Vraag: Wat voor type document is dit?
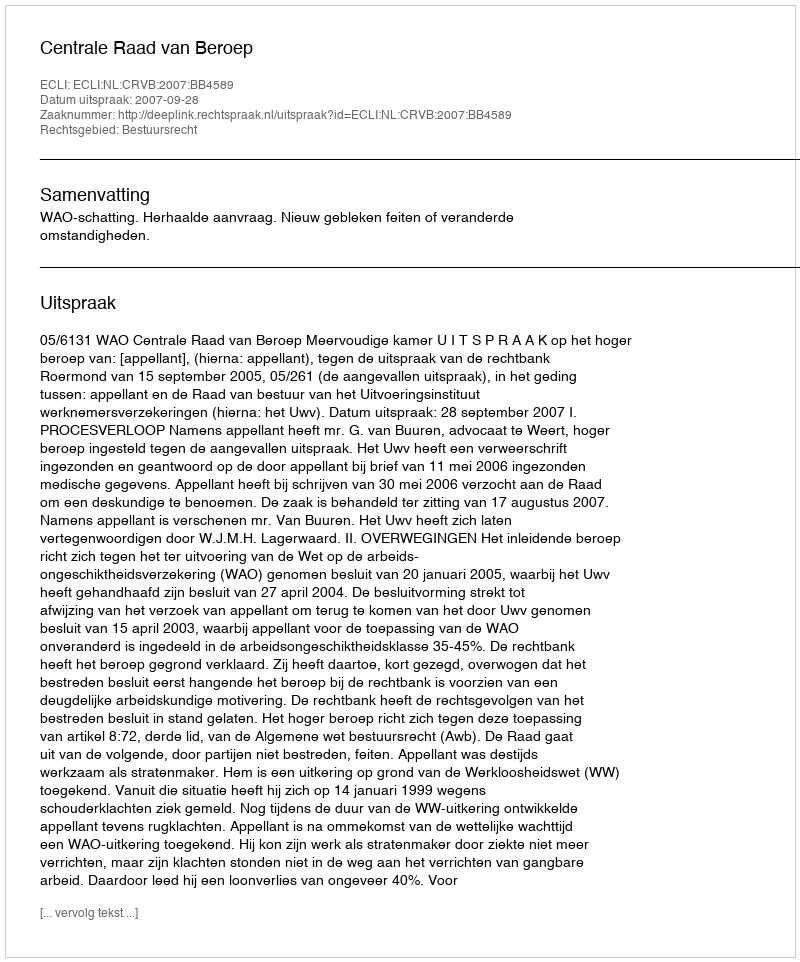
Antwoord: Uitspraak